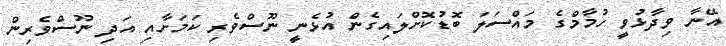
އޭނާ ވިދާޅުވީ ހުމާމްގެ މައްސަލަ ބޮޑުކޮށްލައިގެން އުޅެނީ ނޫސްވެރި ކަމަށާއި އަދި ނޫސްވެރިން